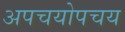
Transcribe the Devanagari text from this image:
अपचयोपचय